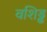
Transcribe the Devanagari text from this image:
वशिड्ढ